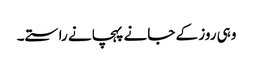
وہی روز کے جانے پہچانے راستے۔